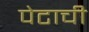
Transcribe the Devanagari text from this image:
पेटाची